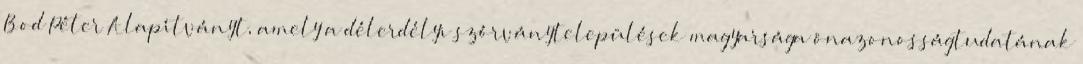
Bod Péter Alapítványt, amely a délerdélyi szórványtelepülések magyarsága önazonosságtudatának